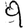
Digit: 9